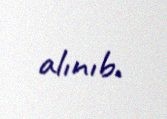
alınıb.